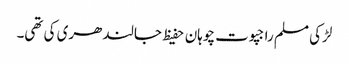
لڑکی مسلم راجپوت چوہان حفیظ جالندھری کی تھی۔